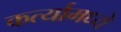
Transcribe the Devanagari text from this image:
कर्त्यामध्ये